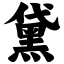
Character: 黛